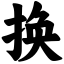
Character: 换